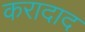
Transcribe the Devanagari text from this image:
करादाद